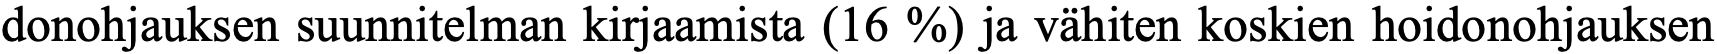
donohjauksen suunnitelman kirjaamista (16 %) ja vähiten koskien hoidonohjauksen